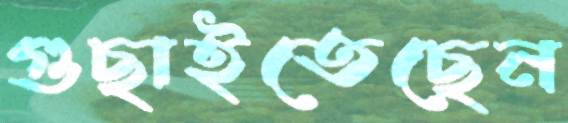
গুছাইতেছেন